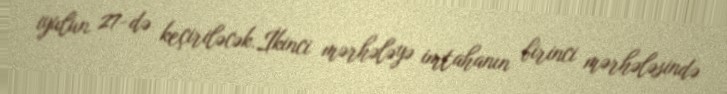
iyulun 27-də keçiriləcək.İkinci mərhələyə imtahanın birinci mərhələsində